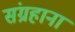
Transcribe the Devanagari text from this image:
संग्रहाना